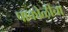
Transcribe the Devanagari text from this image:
पाकोळीचा